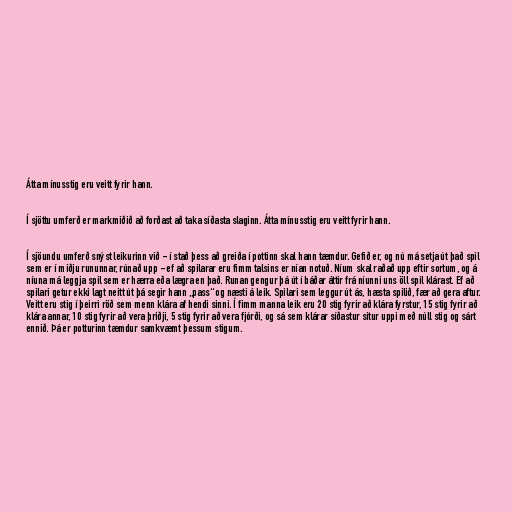
Átta mínusstig eru veitt fyrir hann.

Í sjöttu umferð er markmiðið að forðast að taka síðasta slaginn. Átta mínusstig eru veitt fyrir hann.

Í sjöundu umferð snýst leikurinn við - í stað þess að greiða í pottinn skal hann tæmdur. Gefið er, og nú má setja út það spil
sem er í miðju rununnar, rúnað upp - ef að spilarar eru fimm talsins er nían notuð. Níum skal raðað upp eftir sortum, og á
níuna má leggja spil sem er hærra eða lægra en það. Runan gengur þá út í báðar áttir frá níunni uns öll spil klárast. Ef að
spilari getur ekki lagt neitt út þá segir hann „pass“ og næsti á leik. Spilari sem leggur út ás, hæsta spilið, fær að gera aftur.
Veitt eru stig í þeirri röð sem menn klára af hendi sinni. Í fimm manna leik eru 20 stig fyrir að klára fyrstur, 15 stig fyrir að
klára annar, 10 stig fyrir að vera þriðji, 5 stig fyrir að vera fjórði, og sá sem klárar síðastur situr uppi með núll stig og sárt
ennið. Þá er potturinn tæmdur samkvæmt þessum stigum.